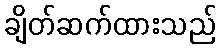
ချိတ်ဆက်ထားသည်